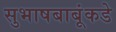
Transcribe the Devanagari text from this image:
सुभाषबाबूंकडे